Annual report on the lock hospitals of the Madras Presidency
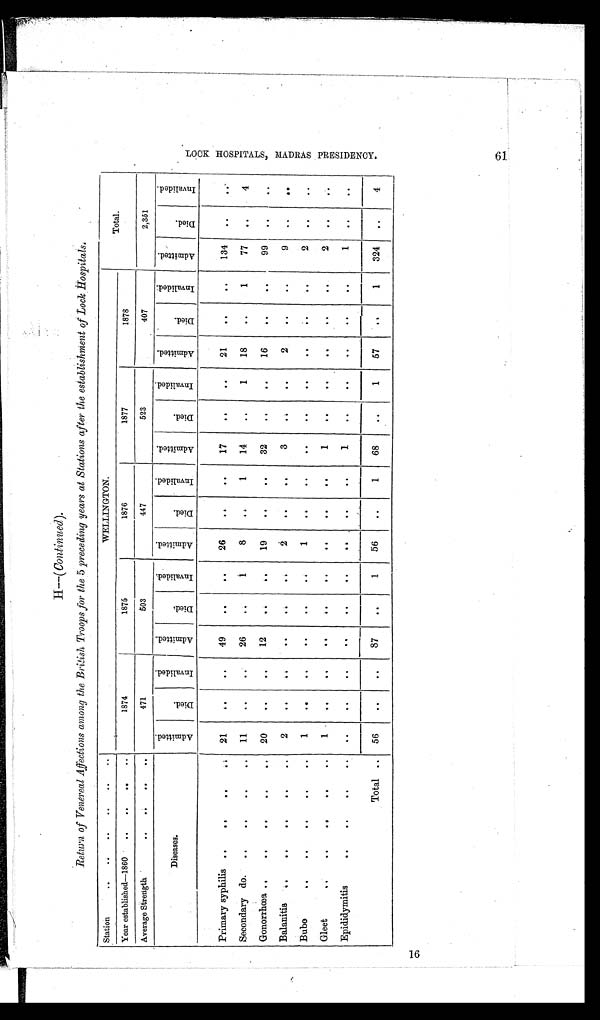
H—(Continued).
Return of Venereal Affections among the British Troops for the 5 preceding years at Stations after the establishment of lock Hospitals
.
Station
..
..
..
..
WELLINGTON.
Total.
Year established—1860
.. .. ..
..
1874
1875
1876
1877
1878
Average Strength
..
..
..
471
503
447
523
407
2,351
Diseases.
A d m i t t e d .
D i e d .
I n v a l i d e d .
A m i t t e d .
D i e d .
I n v a l i d e d .
A m i t t e d .
D i e d .
I n v a l i d e d .
A m i t t e d .
D i e d .
I n v a l i d e d .
A d m i t t e d .
Died.
I n v a l i d e d .
A m i t t e d .
D i e d .
I n v a l i d e d .
Primary syphilis ..
..
..
21
..
..
49
.. ..
26
..
..
17
..
..
21
..
..
134
.. ..
Secondary do. ..
..
..
.. 11
.. ..
26
..
1
8
. .
1
14
..
1
18
..
1
77
..
4
Gonorrhœa ..
..
..
.. ..
20
.. ..
12
..
..
19
..
..
32
..
..
16
.. ..
99
..
. .
Balanitis
..
..
..
..
2
.. .. .. .. ..
2
.. ..
3
..
..
2
.. ..
9
.. ..
Bubo
..
..
..
1
..
.. .. ..
1
..
.. .. .. .. .. ..
2
.. ..
Gleet
..
..
..
..
..
1
.. .. .. .. .. .. .. ..
1
..
.. .. .. ..
2
.. ..
Epididymitis
..
.. .. .. .. .. .. .. .. ..
..
.. ..
1
.. .. .. ..
. .
1
.. ..
Total .. 56
..
..
87
..
1
56
..
1
68
..
1
57
. .
1
324
..
4
L O C K H O S P I T A L S , M A D R A S P R E S I D E N C Y . 6 1
61